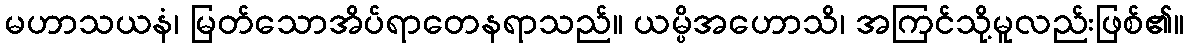
မဟာသယနံ၊ မြတ်သောအိပ်ရာတေနရာသည်။ ယမ္ပိအဟောသိ၊ အကြင်သို့မူလည်းဖြစ်၏။